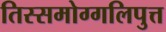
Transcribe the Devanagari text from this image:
तिस्समोग्गलिपुत्त